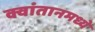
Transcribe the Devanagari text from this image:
क्वांतानमध्ये